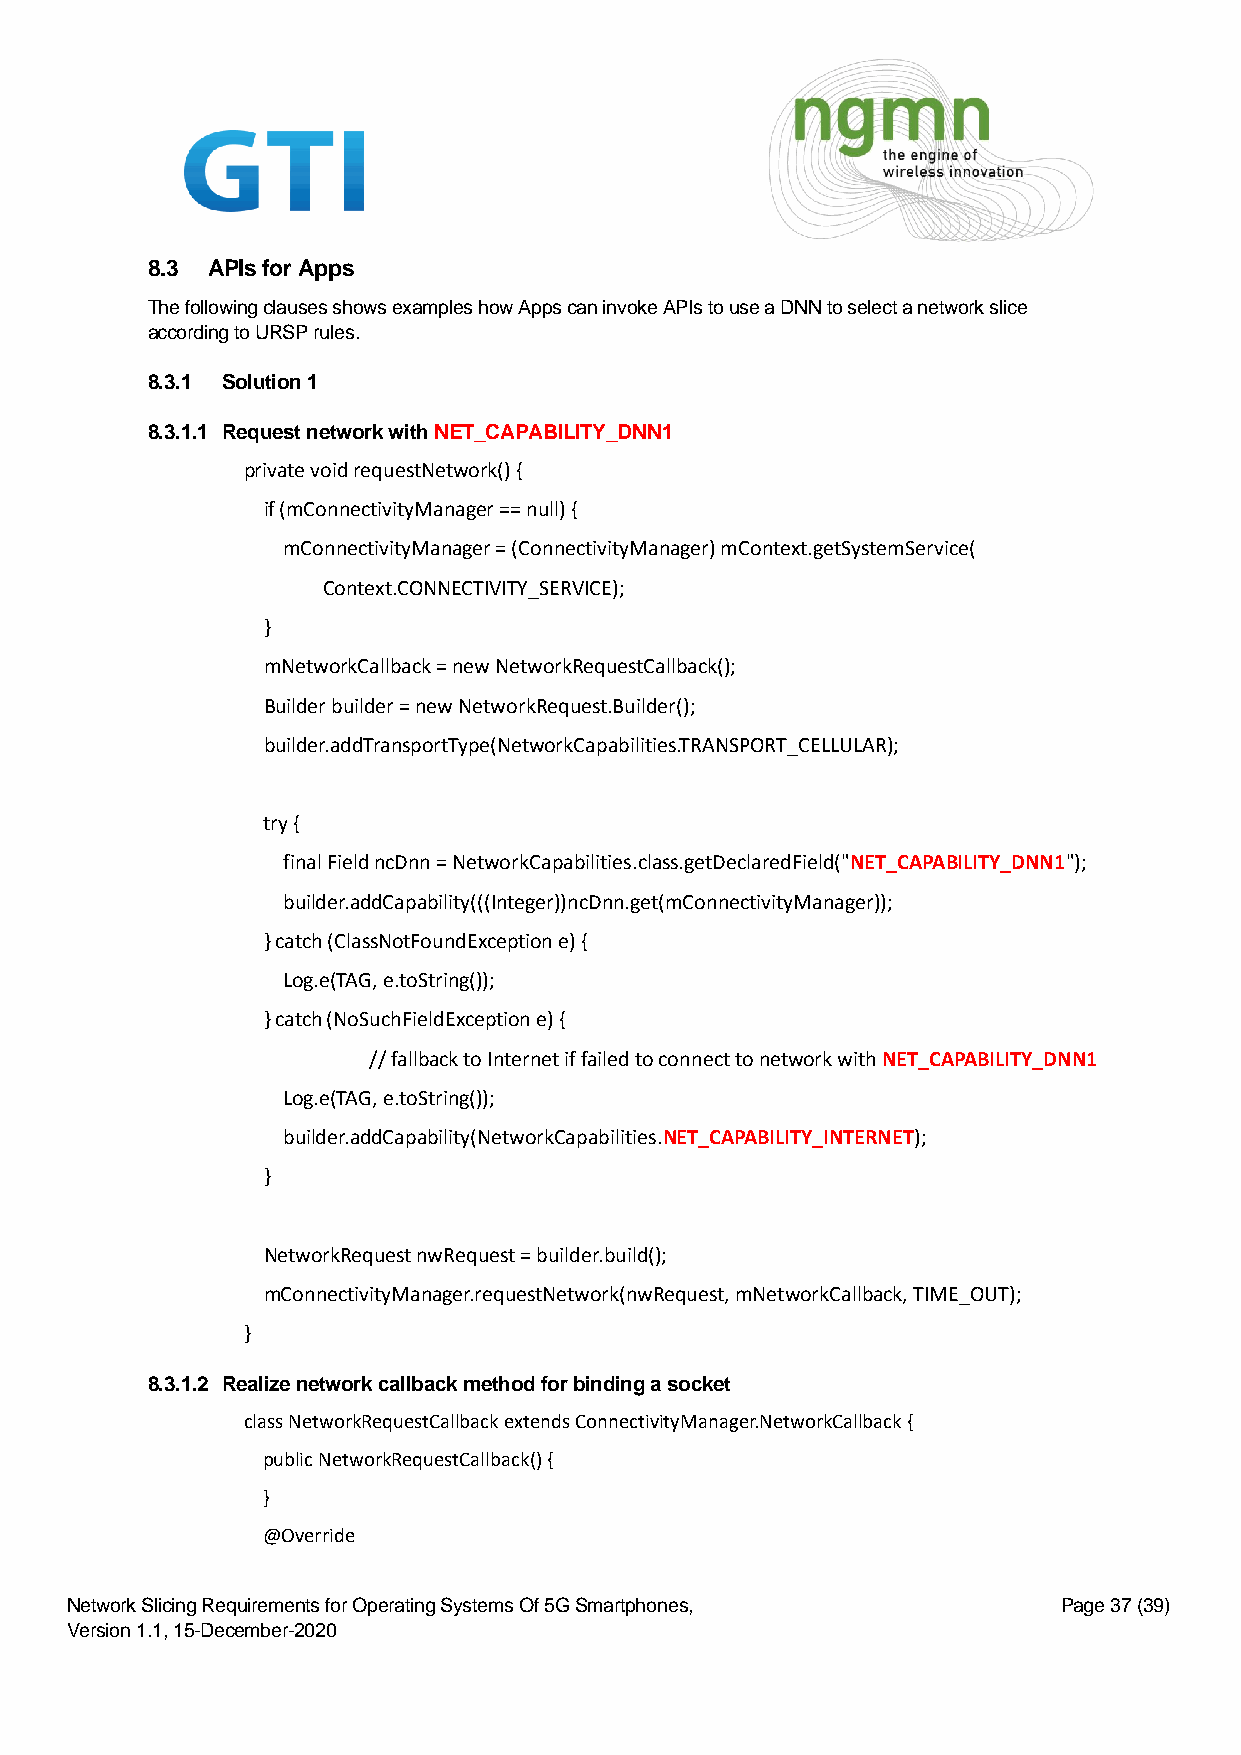
8.3 APIs for Apps
 The following clauses shows examples how Apps can invoke APIs to use a DNN to select a network slice
 according to URSP rules.
 8.3.1 Solution 1
 8.3.1.1 Request network with NET_CAPABILITY_DNN1
 private void requestNetwork() {
 if (mConnectivityManager == null) {
 mConnectivityManager = (ConnectivityManager) mContext.getSystemService(
 Context.CONNECTIVITY_SERVICE);
 }
 mNetworkCallback = new NetworkRequestCallback();
 Builder builder = new NetworkRequest.Builder();
 builder.addTransportType(NetworkCapabilities.TRANSPORT_CELLULAR);
 try {
 final Field ncDnn = NetworkCapabilities.class.getDeclaredField("NET_CAPABILITY_DNN1");
 builder.addCapability(((Integer))ncDnn.get(mConnectivityManager));
 } catch (ClassNotFoundException e) {
 Log.e(TAG, e.toString());
 } catch (NoSuchFieldException e) {
 // fallback to Internet if failed to connect to network with NET_CAPABILITY_DNN1
 Log.e(TAG, e.toString());
 builder.addCapability(NetworkCapabilities.NET_CAPABILITY_INTERNET);
 }
 NetworkRequest nwRequest = builder.build();
 mConnectivityManager.requestNetwork(nwRequest, mNetworkCallback, TIME_OUT);
 }
 8.3.1.2 Realize network callback method for binding a socket
 class NetworkRequestCallback extends ConnectivityManager.NetworkCallback {
 public NetworkRequestCallback() {
 }
 @Override
 Network Slicing Requirements for Operating Systems Of 5G Smartphones, Page 37 (39)
 Version 1.1, 15-December-2020